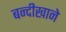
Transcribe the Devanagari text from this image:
बन्दीखाने